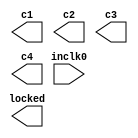
// megafunction wizard: %ALTPLL%VBB%
// GENERATION: STANDARD
// VERSION: WM1.0
// MODULE: altpll 

// ============================================================
// Megafunction Name(s):
// 			altpll
//
// Simulation Library Files(s):
// 			altera_mf
// ============================================================
// ************************************************************
// THIS IS A WIZARD-GENERATED FILE. DO NOT EDIT THIS FILE!
//
// 13.1.0 Build 162 10/23/2013 SJ Web Edition
// ************************************************************

//Copyright (C) 1991-2013 Altera Corporation
//Your use of Altera Corporation's design tools, logic functions 
//and other software and tools, and its AMPP partner logic 
//functions, and any output files from any of the foregoing 
//(including device programming or simulation files), and any 
//associated documentation or information are expressly subject 
//to the terms and conditions of the Altera Program License 
//Subscription Agreement, Altera MegaCore Function License 
//Agreement, or other applicable license agreement, including, 
//without limitation, that your use is for the sole purpose of 
//programming logic devices manufactured by Altera and sold by 
//Altera or its authorized distributors.  Please refer to the 
//applicable agreement for further details.

module jtframe_pll0 (
	inclk0,
	c1,
	c2,
	c3,
	c4,
	locked);

	input	  inclk0;
	output	  c1;
	output	  c2;
	output	  c3;
	output	  c4;
	output	  locked;

endmodule

// ============================================================
// CNX file retrieval info
// ============================================================
// Retrieval info: PRIVATE: ACTIVECLK_CHECK STRING "0"
// Retrieval info: PRIVATE: BANDWIDTH STRING "1.000"
// Retrieval info: PRIVATE: BANDWIDTH_FEATURE_ENABLED STRING "1"
// Retrieval info: PRIVATE: BANDWIDTH_FREQ_UNIT STRING "MHz"
// Retrieval info: PRIVATE: BANDWIDTH_PRESET STRING "Low"
// Retrieval info: PRIVATE: BANDWIDTH_USE_AUTO STRING "1"
// Retrieval info: PRIVATE: BANDWIDTH_USE_PRESET STRING "0"
// Retrieval info: PRIVATE: CLKBAD_SWITCHOVER_CHECK STRING "0"
// Retrieval info: PRIVATE: CLKLOSS_CHECK STRING "0"
// Retrieval info: PRIVATE: CLKSWITCH_CHECK STRING "0"
// Retrieval info: PRIVATE: CNX_NO_COMPENSATE_RADIO STRING "0"
// Retrieval info: PRIVATE: CREATE_CLKBAD_CHECK STRING "0"
// Retrieval info: PRIVATE: CREATE_INCLK1_CHECK STRING "0"
// Retrieval info: PRIVATE: CUR_DEDICATED_CLK STRING "c1"
// Retrieval info: PRIVATE: CUR_FBIN_CLK STRING "c0"
// Retrieval info: PRIVATE: DEVICE_SPEED_GRADE STRING "8"
// Retrieval info: PRIVATE: DIV_FACTOR1 NUMERIC "3"
// Retrieval info: PRIVATE: DIV_FACTOR2 NUMERIC "1"
// Retrieval info: PRIVATE: DIV_FACTOR3 NUMERIC "1"
// Retrieval info: PRIVATE: DIV_FACTOR4 NUMERIC "1"
// Retrieval info: PRIVATE: DUTY_CYCLE1 STRING "50.00000000"
// Retrieval info: PRIVATE: DUTY_CYCLE2 STRING "50.00000000"
// Retrieval info: PRIVATE: DUTY_CYCLE3 STRING "50.00000000"
// Retrieval info: PRIVATE: DUTY_CYCLE4 STRING "50.00000000"
// Retrieval info: PRIVATE: EFF_OUTPUT_FREQ_VALUE1 STRING "48.000000"
// Retrieval info: PRIVATE: EFF_OUTPUT_FREQ_VALUE2 STRING "48.000000"
// Retrieval info: PRIVATE: EFF_OUTPUT_FREQ_VALUE3 STRING "24.000000"
// Retrieval info: PRIVATE: EFF_OUTPUT_FREQ_VALUE4 STRING "6.000000"
// Retrieval info: PRIVATE: EXPLICIT_SWITCHOVER_COUNTER STRING "0"
// Retrieval info: PRIVATE: EXT_FEEDBACK_RADIO STRING "0"
// Retrieval info: PRIVATE: GLOCKED_COUNTER_EDIT_CHANGED STRING "1"
// Retrieval info: PRIVATE: GLOCKED_FEATURE_ENABLED STRING "0"
// Retrieval info: PRIVATE: GLOCKED_MODE_CHECK STRING "0"
// Retrieval info: PRIVATE: GLOCK_COUNTER_EDIT NUMERIC "1048575"
// Retrieval info: PRIVATE: HAS_MANUAL_SWITCHOVER STRING "1"
// Retrieval info: PRIVATE: INCLK0_FREQ_EDIT STRING "27.000"
// Retrieval info: PRIVATE: INCLK0_FREQ_UNIT_COMBO STRING "MHz"
// Retrieval info: PRIVATE: INCLK1_FREQ_EDIT STRING "25.000"
// Retrieval info: PRIVATE: INCLK1_FREQ_EDIT_CHANGED STRING "1"
// Retrieval info: PRIVATE: INCLK1_FREQ_UNIT_CHANGED STRING "1"
// Retrieval info: PRIVATE: INCLK1_FREQ_UNIT_COMBO STRING "MHz"
// Retrieval info: PRIVATE: INTENDED_DEVICE_FAMILY STRING "Cyclone III"
// Retrieval info: PRIVATE: INT_FEEDBACK__MODE_RADIO STRING "1"
// Retrieval info: PRIVATE: LOCKED_OUTPUT_CHECK STRING "1"
// Retrieval info: PRIVATE: LONG_SCAN_RADIO STRING "1"
// Retrieval info: PRIVATE: LVDS_MODE_DATA_RATE STRING "Not Available"
// Retrieval info: PRIVATE: LVDS_MODE_DATA_RATE_DIRTY NUMERIC "0"
// Retrieval info: PRIVATE: LVDS_PHASE_SHIFT_UNIT1 STRING "deg"
// Retrieval info: PRIVATE: LVDS_PHASE_SHIFT_UNIT2 STRING "deg"
// Retrieval info: PRIVATE: LVDS_PHASE_SHIFT_UNIT3 STRING "ps"
// Retrieval info: PRIVATE: LVDS_PHASE_SHIFT_UNIT4 STRING "ps"
// Retrieval info: PRIVATE: MIG_DEVICE_SPEED_GRADE STRING "Any"
// Retrieval info: PRIVATE: MIRROR_CLK1 STRING "0"
// Retrieval info: PRIVATE: MIRROR_CLK2 STRING "0"
// Retrieval info: PRIVATE: MIRROR_CLK3 STRING "0"
// Retrieval info: PRIVATE: MIRROR_CLK4 STRING "0"
// Retrieval info: PRIVATE: MULT_FACTOR1 NUMERIC "4"
// Retrieval info: PRIVATE: MULT_FACTOR2 NUMERIC "1"
// Retrieval info: PRIVATE: MULT_FACTOR3 NUMERIC "1"
// Retrieval info: PRIVATE: MULT_FACTOR4 NUMERIC "1"
// Retrieval info: PRIVATE: NORMAL_MODE_RADIO STRING "1"
// Retrieval info: PRIVATE: OUTPUT_FREQ1 STRING "48.00000000"
// Retrieval info: PRIVATE: OUTPUT_FREQ2 STRING "48.00000000"
// Retrieval info: PRIVATE: OUTPUT_FREQ3 STRING "24.00000000"
// Retrieval info: PRIVATE: OUTPUT_FREQ4 STRING "6.00000000"
// Retrieval info: PRIVATE: OUTPUT_FREQ_MODE1 STRING "1"
// Retrieval info: PRIVATE: OUTPUT_FREQ_MODE2 STRING "1"
// Retrieval info: PRIVATE: OUTPUT_FREQ_MODE3 STRING "1"
// Retrieval info: PRIVATE: OUTPUT_FREQ_MODE4 STRING "1"
// Retrieval info: PRIVATE: OUTPUT_FREQ_UNIT1 STRING "MHz"
// Retrieval info: PRIVATE: OUTPUT_FREQ_UNIT2 STRING "MHz"
// Retrieval info: PRIVATE: OUTPUT_FREQ_UNIT3 STRING "MHz"
// Retrieval info: PRIVATE: OUTPUT_FREQ_UNIT4 STRING "MHz"
// Retrieval info: PRIVATE: PHASE_RECONFIG_FEATURE_ENABLED STRING "1"
// Retrieval info: PRIVATE: PHASE_RECONFIG_INPUTS_CHECK STRING "0"
// Retrieval info: PRIVATE: PHASE_SHIFT1 STRING "0.00000000"
// Retrieval info: PRIVATE: PHASE_SHIFT2 STRING "180.00000000"
// Retrieval info: PRIVATE: PHASE_SHIFT3 STRING "0.00000000"
// Retrieval info: PRIVATE: PHASE_SHIFT4 STRING "0.00000000"
// Retrieval info: PRIVATE: PHASE_SHIFT_STEP_ENABLED_CHECK STRING "0"
// Retrieval info: PRIVATE: PHASE_SHIFT_UNIT1 STRING "deg"
// Retrieval info: PRIVATE: PHASE_SHIFT_UNIT2 STRING "deg"
// Retrieval info: PRIVATE: PHASE_SHIFT_UNIT3 STRING "ps"
// Retrieval info: PRIVATE: PHASE_SHIFT_UNIT4 STRING "ps"
// Retrieval info: PRIVATE: PLL_ADVANCED_PARAM_CHECK STRING "0"
// Retrieval info: PRIVATE: PLL_ARESET_CHECK STRING "0"
// Retrieval info: PRIVATE: PLL_AUTOPLL_CHECK NUMERIC "1"
// Retrieval info: PRIVATE: PLL_ENHPLL_CHECK NUMERIC "0"
// Retrieval info: PRIVATE: PLL_FASTPLL_CHECK NUMERIC "0"
// Retrieval info: PRIVATE: PLL_FBMIMIC_CHECK STRING "0"
// Retrieval info: PRIVATE: PLL_LVDS_PLL_CHECK NUMERIC "0"
// Retrieval info: PRIVATE: PLL_PFDENA_CHECK STRING "0"
// Retrieval info: PRIVATE: PLL_TARGET_HARCOPY_CHECK NUMERIC "0"
// Retrieval info: PRIVATE: PRIMARY_CLK_COMBO STRING "inclk0"
// Retrieval info: PRIVATE: RECONFIG_FILE STRING "jtframe_pll0.mif"
// Retrieval info: PRIVATE: SACN_INPUTS_CHECK STRING "0"
// Retrieval info: PRIVATE: SCAN_FEATURE_ENABLED STRING "1"
// Retrieval info: PRIVATE: SELF_RESET_LOCK_LOSS STRING "1"
// Retrieval info: PRIVATE: SHORT_SCAN_RADIO STRING "0"
// Retrieval info: PRIVATE: SPREAD_FEATURE_ENABLED STRING "0"
// Retrieval info: PRIVATE: SPREAD_FREQ STRING "50.000"
// Retrieval info: PRIVATE: SPREAD_FREQ_UNIT STRING "KHz"
// Retrieval info: PRIVATE: SPREAD_PERCENT STRING "0.000"
// Retrieval info: PRIVATE: SPREAD_USE STRING "0"
// Retrieval info: PRIVATE: SRC_SYNCH_COMP_RADIO STRING "0"
// Retrieval info: PRIVATE: STICKY_CLK1 STRING "1"
// Retrieval info: PRIVATE: STICKY_CLK2 STRING "1"
// Retrieval info: PRIVATE: STICKY_CLK3 STRING "1"
// Retrieval info: PRIVATE: STICKY_CLK4 STRING "1"
// Retrieval info: PRIVATE: SWITCHOVER_COUNT_EDIT NUMERIC "1"
// Retrieval info: PRIVATE: SWITCHOVER_FEATURE_ENABLED STRING "1"
// Retrieval info: PRIVATE: SYNTH_WRAPPER_GEN_POSTFIX STRING "0"
// Retrieval info: PRIVATE: USE_CLK1 STRING "1"
// Retrieval info: PRIVATE: USE_CLK2 STRING "1"
// Retrieval info: PRIVATE: USE_CLK3 STRING "1"
// Retrieval info: PRIVATE: USE_CLK4 STRING "1"
// Retrieval info: PRIVATE: USE_CLKENA1 STRING "0"
// Retrieval info: PRIVATE: USE_CLKENA2 STRING "0"
// Retrieval info: PRIVATE: USE_CLKENA3 STRING "0"
// Retrieval info: PRIVATE: USE_CLKENA4 STRING "0"
// Retrieval info: PRIVATE: USE_MIL_SPEED_GRADE NUMERIC "0"
// Retrieval info: PRIVATE: ZERO_DELAY_RADIO STRING "0"
// Retrieval info: LIBRARY: altera_mf altera_mf.altera_mf_components.all
// Retrieval info: CONSTANT: BANDWIDTH_TYPE STRING "AUTO"
// Retrieval info: CONSTANT: CLK1_DIVIDE_BY NUMERIC "9"
// Retrieval info: CONSTANT: CLK1_DUTY_CYCLE NUMERIC "50"
// Retrieval info: CONSTANT: CLK1_MULTIPLY_BY NUMERIC "16"
// Retrieval info: CONSTANT: CLK1_PHASE_SHIFT STRING "0"
// Retrieval info: CONSTANT: CLK2_DIVIDE_BY NUMERIC "9"
// Retrieval info: CONSTANT: CLK2_DUTY_CYCLE NUMERIC "50"
// Retrieval info: CONSTANT: CLK2_MULTIPLY_BY NUMERIC "16"
// Retrieval info: CONSTANT: CLK2_PHASE_SHIFT STRING "10417"
// Retrieval info: CONSTANT: CLK3_DIVIDE_BY NUMERIC "9"
// Retrieval info: CONSTANT: CLK3_DUTY_CYCLE NUMERIC "50"
// Retrieval info: CONSTANT: CLK3_MULTIPLY_BY NUMERIC "8"
// Retrieval info: CONSTANT: CLK3_PHASE_SHIFT STRING "0"
// Retrieval info: CONSTANT: CLK4_DIVIDE_BY NUMERIC "9"
// Retrieval info: CONSTANT: CLK4_DUTY_CYCLE NUMERIC "50"
// Retrieval info: CONSTANT: CLK4_MULTIPLY_BY NUMERIC "2"
// Retrieval info: CONSTANT: CLK4_PHASE_SHIFT STRING "0"
// Retrieval info: CONSTANT: COMPENSATE_CLOCK STRING "CLK1"
// Retrieval info: CONSTANT: INCLK0_INPUT_FREQUENCY NUMERIC "37037"
// Retrieval info: CONSTANT: INTENDED_DEVICE_FAMILY STRING "Cyclone III"
// Retrieval info: CONSTANT: LPM_TYPE STRING "altpll"
// Retrieval info: CONSTANT: OPERATION_MODE STRING "NORMAL"
// Retrieval info: CONSTANT: PLL_TYPE STRING "AUTO"
// Retrieval info: CONSTANT: PORT_ACTIVECLOCK STRING "PORT_UNUSED"
// Retrieval info: CONSTANT: PORT_ARESET STRING "PORT_UNUSED"
// Retrieval info: CONSTANT: PORT_CLKBAD0 STRING "PORT_UNUSED"
// Retrieval info: CONSTANT: PORT_CLKBAD1 STRING "PORT_UNUSED"
// Retrieval info: CONSTANT: PORT_CLKLOSS STRING "PORT_UNUSED"
// Retrieval info: CONSTANT: PORT_CLKSWITCH STRING "PORT_UNUSED"
// Retrieval info: CONSTANT: PORT_CONFIGUPDATE STRING "PORT_UNUSED"
// Retrieval info: CONSTANT: PORT_FBIN STRING "PORT_UNUSED"
// Retrieval info: CONSTANT: PORT_INCLK0 STRING "PORT_USED"
// Retrieval info: CONSTANT: PORT_INCLK1 STRING "PORT_UNUSED"
// Retrieval info: CONSTANT: PORT_LOCKED STRING "PORT_USED"
// Retrieval info: CONSTANT: PORT_PFDENA STRING "PORT_UNUSED"
// Retrieval info: CONSTANT: PORT_PHASECOUNTERSELECT STRING "PORT_UNUSED"
// Retrieval info: CONSTANT: PORT_PHASEDONE STRING "PORT_UNUSED"
// Retrieval info: CONSTANT: PORT_PHASESTEP STRING "PORT_UNUSED"
// Retrieval info: CONSTANT: PORT_PHASEUPDOWN STRING "PORT_UNUSED"
// Retrieval info: CONSTANT: PORT_PLLENA STRING "PORT_UNUSED"
// Retrieval info: CONSTANT: PORT_SCANACLR STRING "PORT_UNUSED"
// Retrieval info: CONSTANT: PORT_SCANCLK STRING "PORT_UNUSED"
// Retrieval info: CONSTANT: PORT_SCANCLKENA STRING "PORT_UNUSED"
// Retrieval info: CONSTANT: PORT_SCANDATA STRING "PORT_UNUSED"
// Retrieval info: CONSTANT: PORT_SCANDATAOUT STRING "PORT_UNUSED"
// Retrieval info: CONSTANT: PORT_SCANDONE STRING "PORT_UNUSED"
// Retrieval info: CONSTANT: PORT_SCANREAD STRING "PORT_UNUSED"
// Retrieval info: CONSTANT: PORT_SCANWRITE STRING "PORT_UNUSED"
// Retrieval info: CONSTANT: PORT_clk0 STRING "PORT_UNUSED"
// Retrieval info: CONSTANT: PORT_clk1 STRING "PORT_USED"
// Retrieval info: CONSTANT: PORT_clk2 STRING "PORT_USED"
// Retrieval info: CONSTANT: PORT_clk3 STRING "PORT_USED"
// Retrieval info: CONSTANT: PORT_clk4 STRING "PORT_USED"
// Retrieval info: CONSTANT: PORT_clk5 STRING "PORT_UNUSED"
// Retrieval info: CONSTANT: PORT_clkena0 STRING "PORT_UNUSED"
// Retrieval info: CONSTANT: PORT_clkena1 STRING "PORT_UNUSED"
// Retrieval info: CONSTANT: PORT_clkena2 STRING "PORT_UNUSED"
// Retrieval info: CONSTANT: PORT_clkena3 STRING "PORT_UNUSED"
// Retrieval info: CONSTANT: PORT_clkena4 STRING "PORT_UNUSED"
// Retrieval info: CONSTANT: PORT_clkena5 STRING "PORT_UNUSED"
// Retrieval info: CONSTANT: PORT_extclk0 STRING "PORT_UNUSED"
// Retrieval info: CONSTANT: PORT_extclk1 STRING "PORT_UNUSED"
// Retrieval info: CONSTANT: PORT_extclk2 STRING "PORT_UNUSED"
// Retrieval info: CONSTANT: PORT_extclk3 STRING "PORT_UNUSED"
// Retrieval info: CONSTANT: SELF_RESET_ON_LOSS_LOCK STRING "ON"
// Retrieval info: CONSTANT: WIDTH_CLOCK NUMERIC "5"
// Retrieval info: USED_PORT: @clk 0 0 5 0 OUTPUT_CLK_EXT VCC "@clk[4..0]"
// Retrieval info: USED_PORT: c1 0 0 0 0 OUTPUT_CLK_EXT VCC "c1"
// Retrieval info: USED_PORT: c2 0 0 0 0 OUTPUT_CLK_EXT VCC "c2"
// Retrieval info: USED_PORT: c3 0 0 0 0 OUTPUT_CLK_EXT VCC "c3"
// Retrieval info: USED_PORT: c4 0 0 0 0 OUTPUT_CLK_EXT VCC "c4"
// Retrieval info: USED_PORT: inclk0 0 0 0 0 INPUT_CLK_EXT GND "inclk0"
// Retrieval info: USED_PORT: locked 0 0 0 0 OUTPUT GND "locked"
// Retrieval info: CONNECT: @inclk 0 0 1 1 GND 0 0 0 0
// Retrieval info: CONNECT: @inclk 0 0 1 0 inclk0 0 0 0 0
// Retrieval info: CONNECT: c1 0 0 0 0 @clk 0 0 1 1
// Retrieval info: CONNECT: c2 0 0 0 0 @clk 0 0 1 2
// Retrieval info: CONNECT: c3 0 0 0 0 @clk 0 0 1 3
// Retrieval info: CONNECT: c4 0 0 0 0 @clk 0 0 1 4
// Retrieval info: CONNECT: locked 0 0 0 0 @locked 0 0 0 0
// Retrieval info: GEN_FILE: TYPE_NORMAL jtframe_pll0.v TRUE
// Retrieval info: GEN_FILE: TYPE_NORMAL jtframe_pll0.ppf TRUE
// Retrieval info: GEN_FILE: TYPE_NORMAL jtframe_pll0.inc FALSE
// Retrieval info: GEN_FILE: TYPE_NORMAL jtframe_pll0.cmp FALSE
// Retrieval info: GEN_FILE: TYPE_NORMAL jtframe_pll0.bsf FALSE
// Retrieval info: GEN_FILE: TYPE_NORMAL jtframe_pll0_inst.v FALSE
// Retrieval info: GEN_FILE: TYPE_NORMAL jtframe_pll0_bb.v TRUE
// Retrieval info: LIB_FILE: altera_mf
// Retrieval info: CBX_MODULE_PREFIX: ON